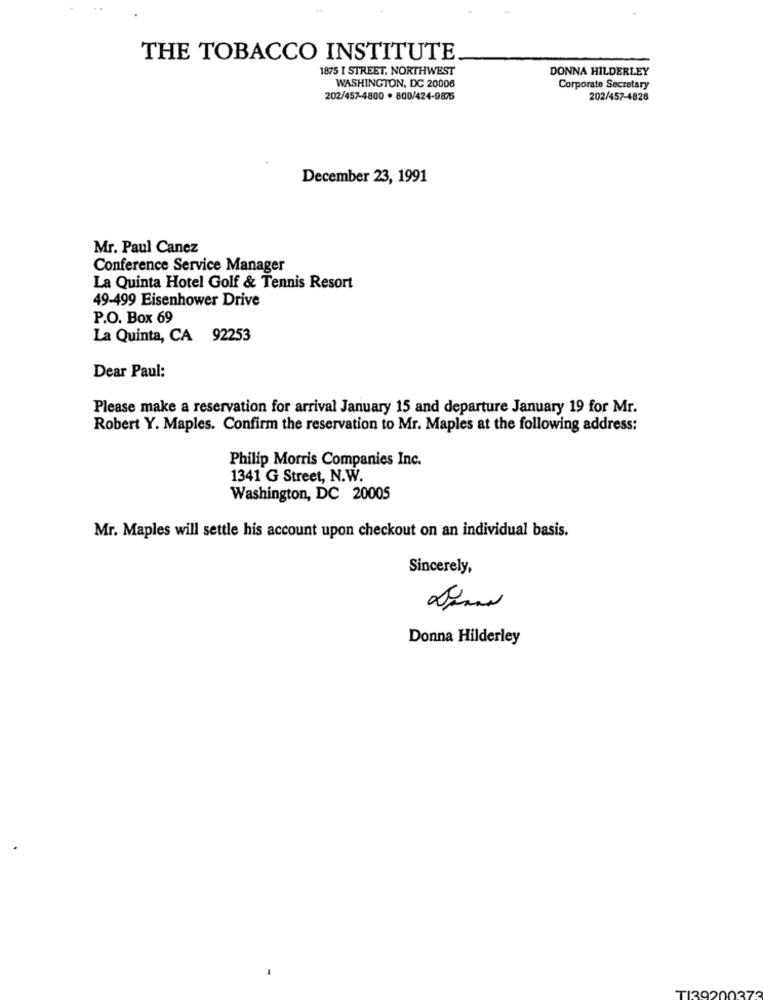
THE TOBACCO INSTITUTE
1875 I STREET, NORTHWEST
DONNA HILDERLEY
WASHINGTON, DC 20006
Corporate Secretary
202/457-4800 . 800/424-9875
202/457-4828
December 23, 1991
Mr. Paul Canez
Conference Service Manager
La Quinta Hotel Golf & Tennis Resort
49-499 Eisenhower Drive
P.O. Box 69
La Quinta, CA 92253
Dear Paul:
Please make a reservation for arrival January 15 and departure January 19 for Mr.
Robert Y. Maples. Confirm the reservation to Mr. Maples at the following address:
Philip Morris Companies Inc.
1341 G Street, N.W.
Washington, DC 20005
Mr. Maples will settle his account upon checkout on an individual basis.
Sincerely,
Donna Hilderley
TI39200